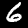
Digit: 6